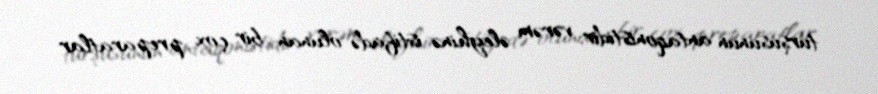
turşusunun antaqonistidir; vərəm əleyhinə istifadə olunan bir çox preparatlar